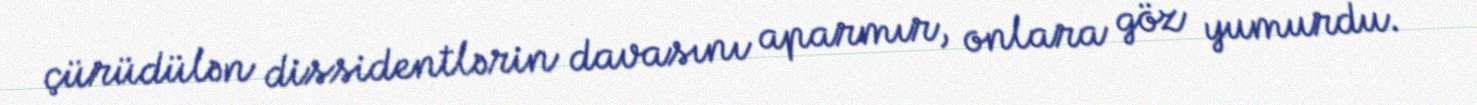
çürüdülən dissidentlərin davasını aparmır, onlara göz yumurdu.